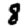
Digit: 8